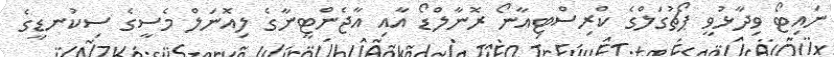
ނައިޓޯ ވިދާޅުވީ ޕޯޗުގަލްގެ ކްރިސްޓިއާނޯ ރޮނާލްޑޯ އާއި އާޖެންޓީނާގެ ލިއޮނަލް މެސީގެ ސިކުނޑީގެ